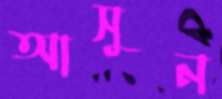
আসুন